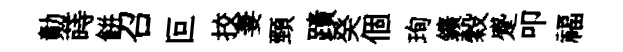
勣蒔餅召叵挍妻頸蹟癸個珣鑛穀蹙叩福